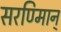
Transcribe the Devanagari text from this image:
सरण्मािन्‌